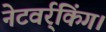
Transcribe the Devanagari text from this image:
नेटवर्र्किंग।